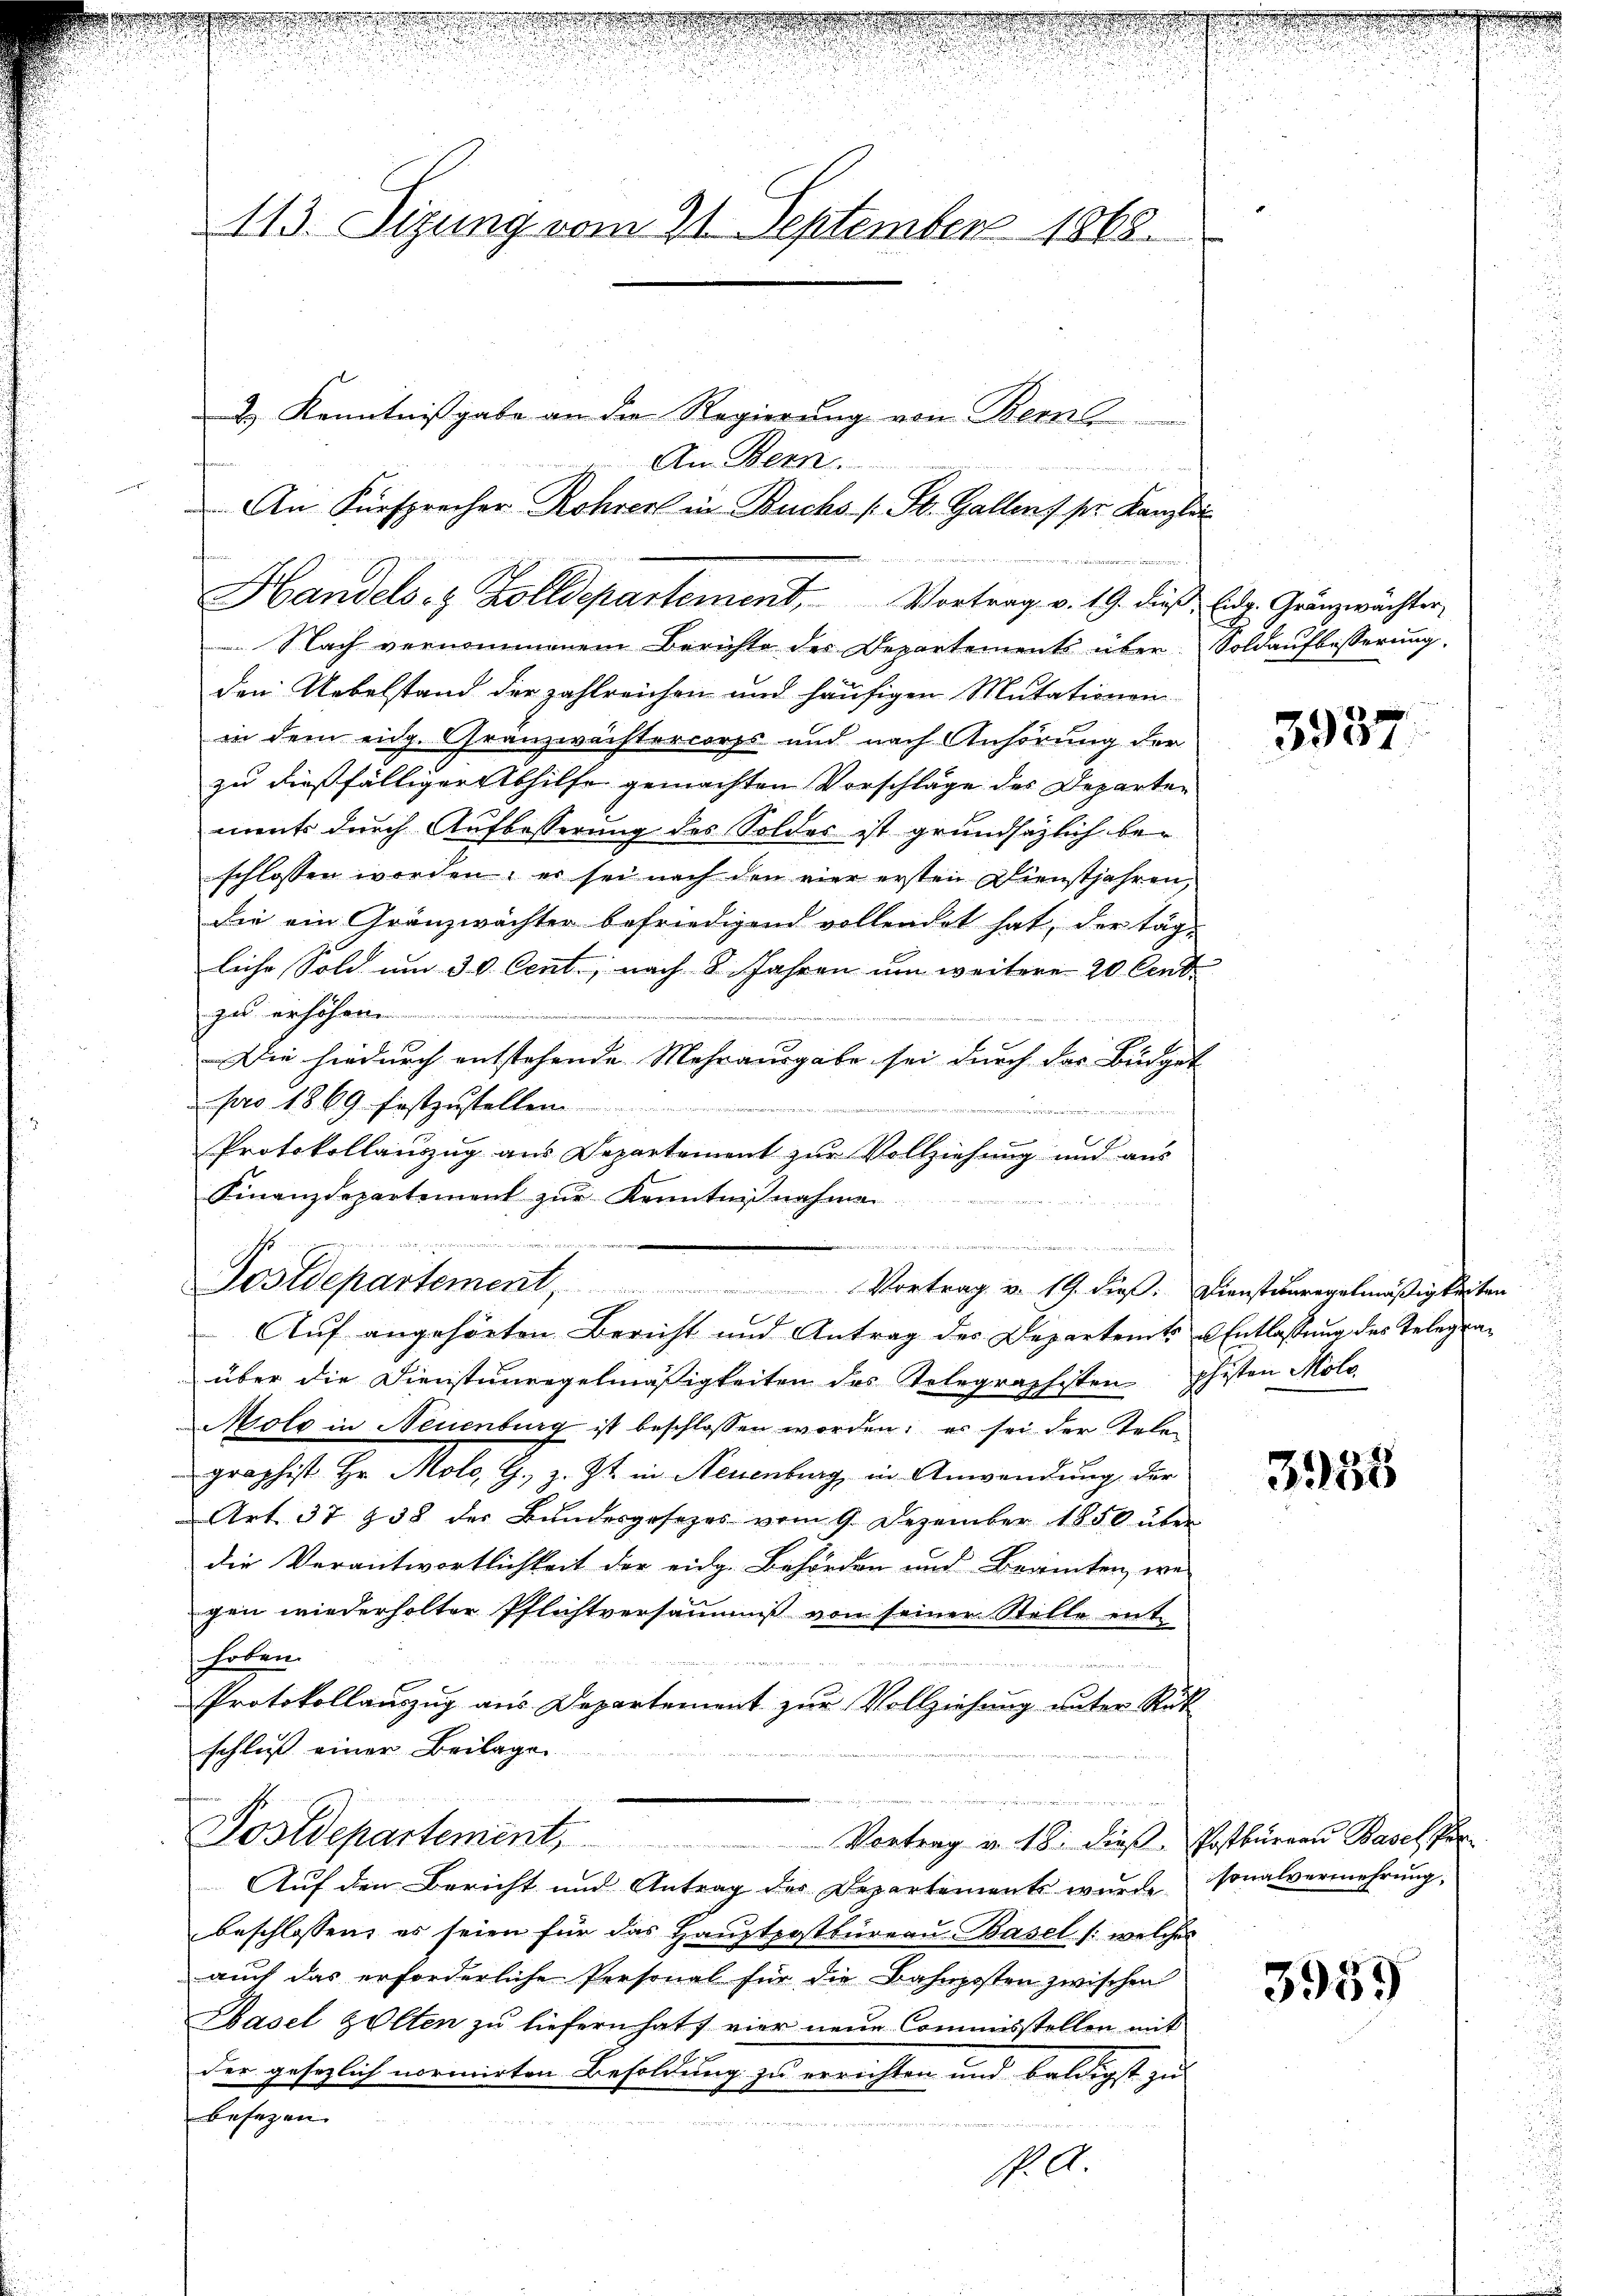
113. Sizung vom 21. September 1868.

Handels- & Zolldepartement. Vortrag v. 19. die Eidg. Gränzwächter,

2 Kenntnißgabe an die Regierung von Bern
An Bern.
An Fürsprecher Rohrer in Buchs (St. Gallens pr. Kanzlei

Nach vernommenem Berichte der Departements über. Soldaufbesserung,
den Uebelstand der zahlreichen und häufigen Mutationen
in dem eidg. Gränzwächtercorps und nach Anhörung der
zu dießfälliger Abhilfe gemachten Vorschläge des Departement durch Aufbesserung des Soldes ist grundsätzlich bei
schlossen worden; es sei nach den vier ersten Dienstjahren,
Die ein Gränzwächter befriedigend vollendet hat, der tägliche Sold um 30. Cent, nach 8 Jahren um weitere 20 Cent
zu erhöhen.
e
Die hiedurch entstehende Mehrausgabe sei durch der Bürget
pro 1869. festzustellen .....................
e
 un
Protokollanzug aus Departement zur Vollziehung und aus
Finanzdepartement zur Kenntnißnahmen.
e
Auf angehörten Bericht und Antrag des Departents u. Entlassung des Telegraüber die Dienstunregelmäßigkeiten des Telegraphisten phisten Molo
Molo in Neuenburg ist beschlossen worden; es sei der Tele
graphist Hr. Molo, G. z. Zt. in Neuenburg in Anwendung der
Art. 37 § 38 der Bundesgesezes vom 9. Dezember 1850 über
die Verantwortlichkeit der eidg. Behörden und Beamten, wei
gen wiederholter Pflichtversäumis von seiner Stelle ent-
hoben.
Protokollauszug aus Departement zur Vollziehung unter Rück
schließ einer Beilage
Postdepartement, Vortrag v. 18. dies Postbureau Basel Por
Auf den Bericht und Antrag des Departements wurde sonalvermehrung,
beschlossen, es seien für das Haŭptpostbüreaŭ Basel /: welches
auch das erforderliche Personal für die Bahnposten zwischen
Hasel zelten zu liefern hat, vier neue Commisstellen mit
der gesezlich normirten Besoldung zu errichten und baldigst zu
besezen.

Postdepartement, Vortrag u. 19. dieβ. Dienstanregelmäßigkeiten

E

3937

3255

3959